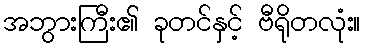
အဘွားကြီး၏ ခုတင်နှင့် ဗီရိုတလုံး။